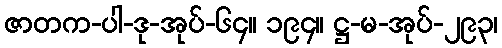
ဇာတက-ပါ-ဒု-အုပ်-၆၄။ ၁၉၄။ ဋ္ဌ-မ-အုပ်-၂၉၃၊